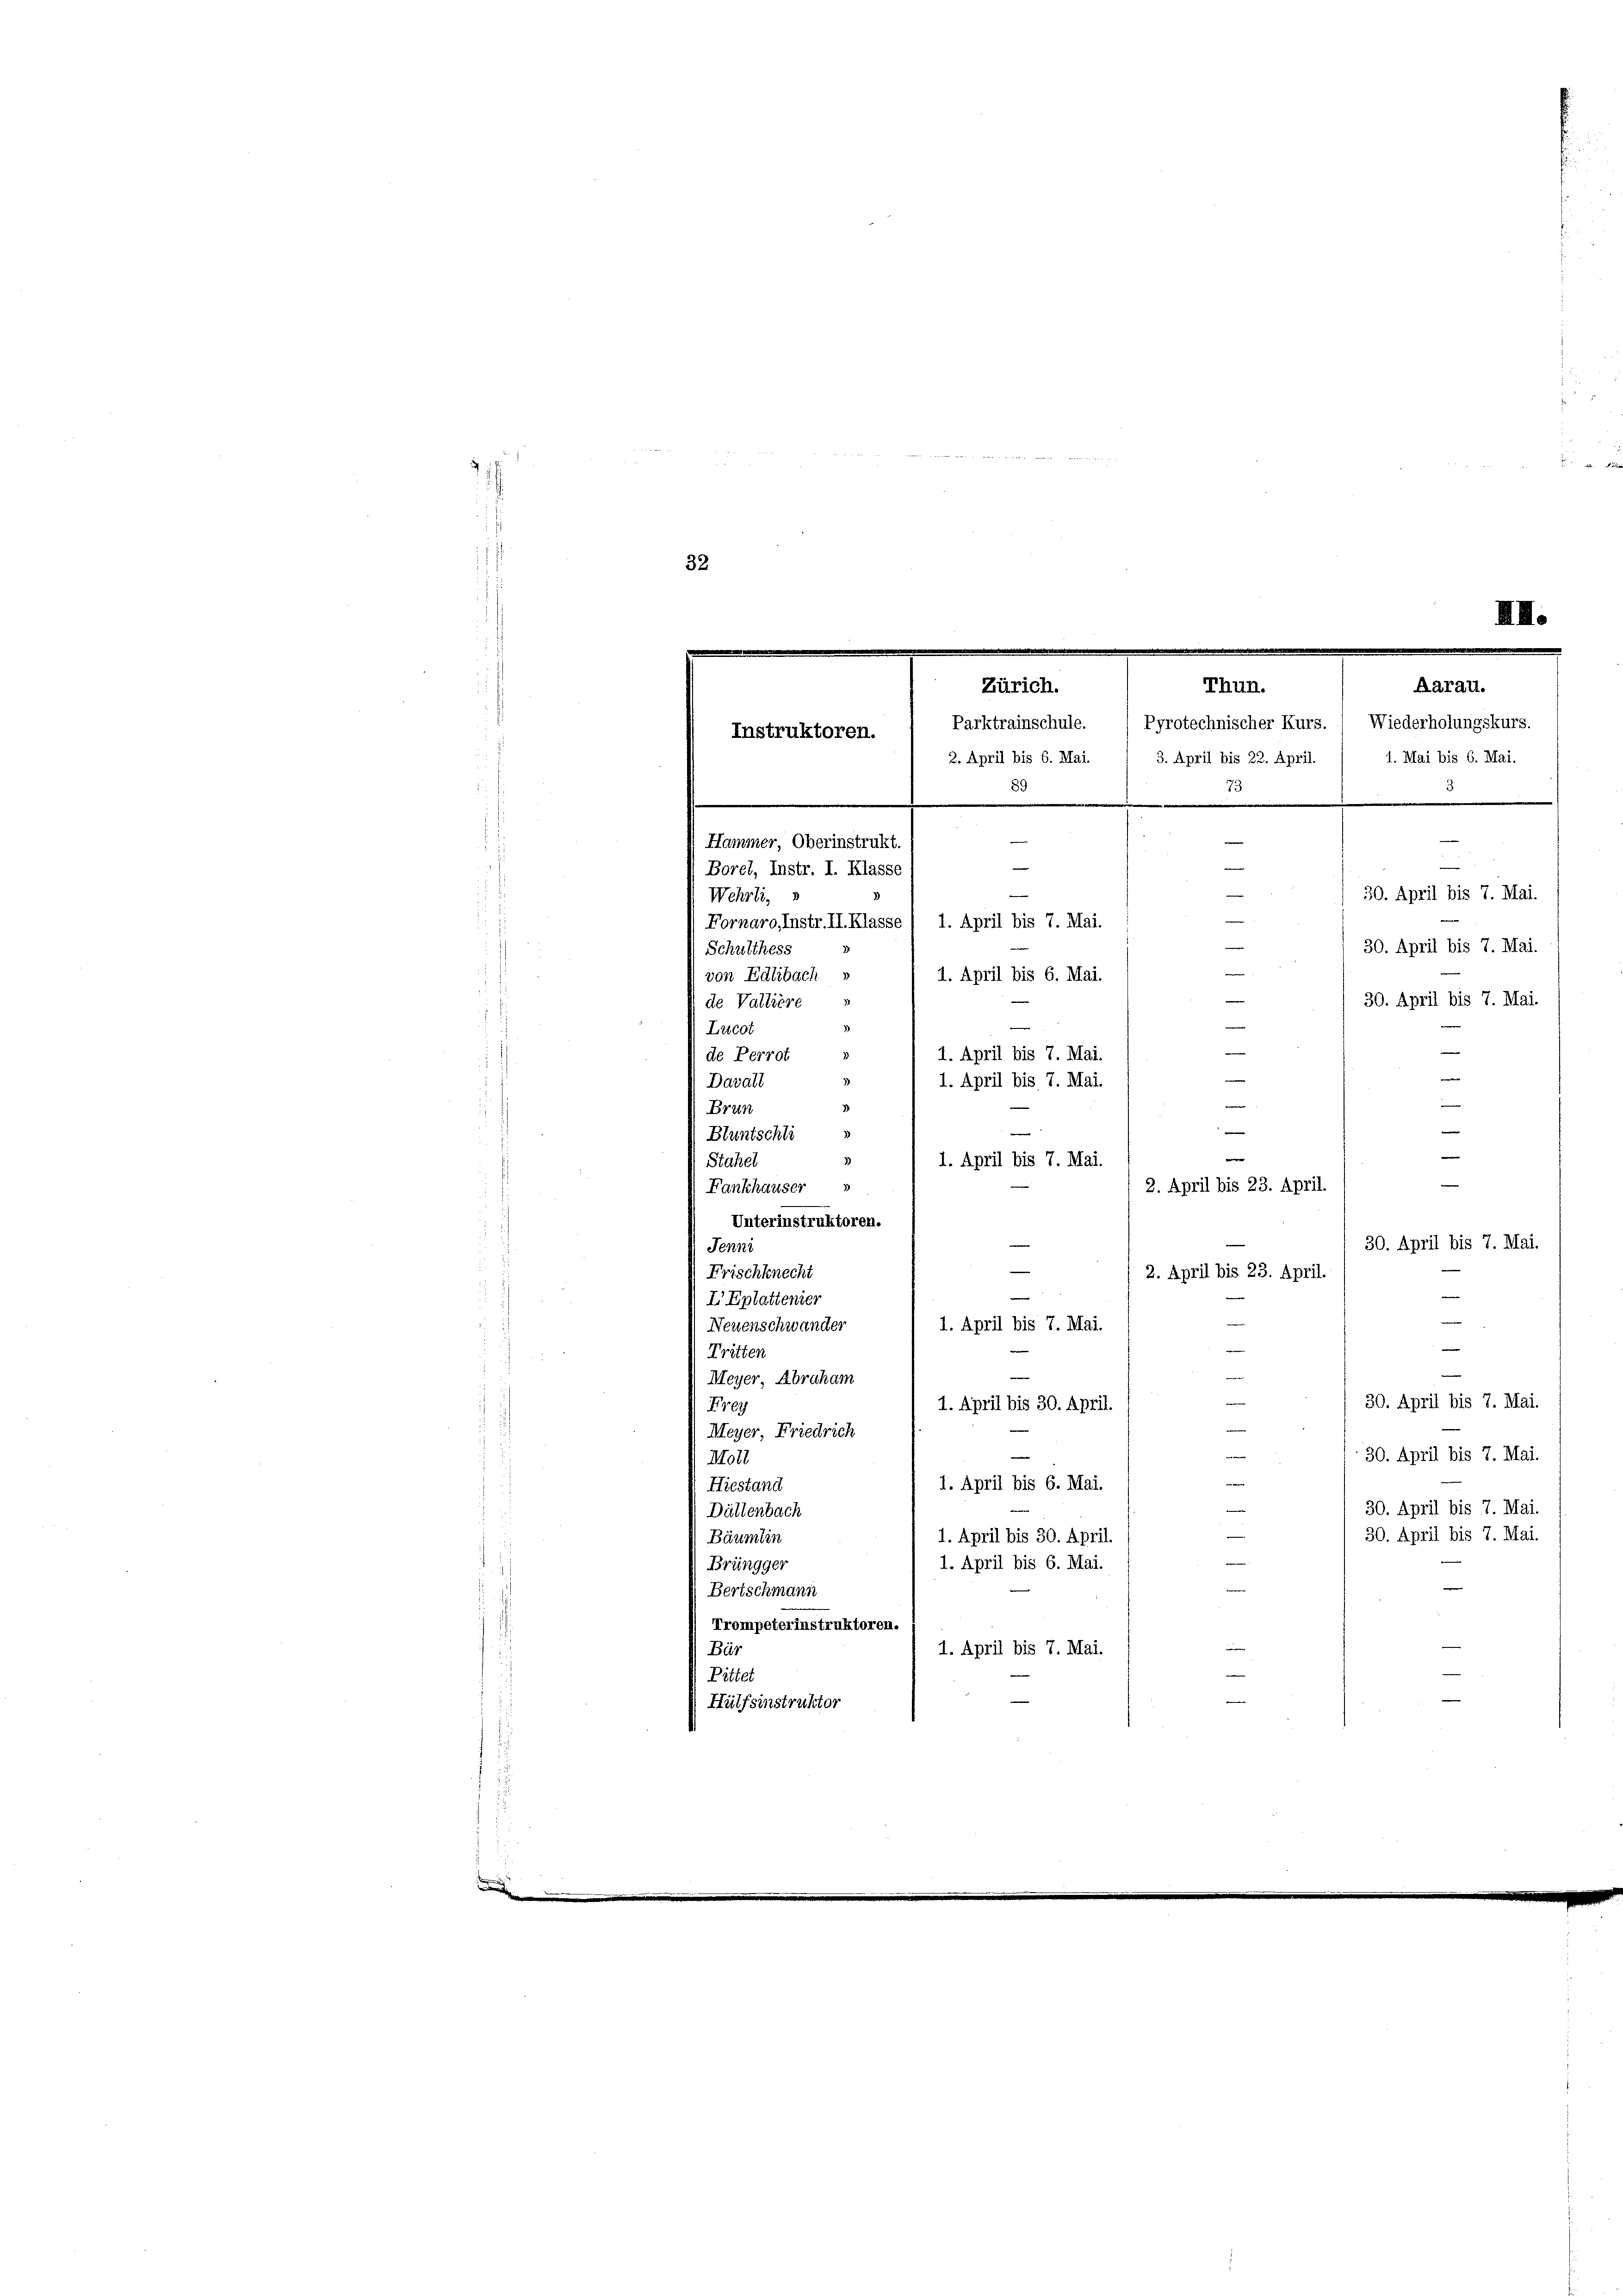
.
32
e
d
¬
Wehrli,
Fornaro, Instr. II. Klasse ( 1. April bis 7. Mai.
Schulthess
1. April bis 6. Mai.
von Edlibach »
de Valtiere
Litcot
1. April bis 7. Mai.
de Perrot
1. April bis 7. Mai.
Davall
1
.
Brun
.
e
e

Bluntschli
e
1. April bis 7. Mai.
Stahel
—
3
2. April bis 23. April.
Fankhauser
Unterinstruktoren.
30. April bis 7. Mai.
Jenni
Frischknecht
2. April bis 23. April.
d
n
I Eplattenier

1. April bis 7. Mai.
Neuenschwander
Tritten
¬
Meyer, Abraham
e
30. April bis 7. Mai.
1. April bis 30. April.
Frey
Meyer, Friedrich
30. April bis 7. Mai.
Moll
e
1. April bis 6. Mai.
Hiestand
e
30. April bis 7. Mai.
Dältenbach
5
30. April bis 7. Mai.
1. April bis 30. April.
Bäumlin
1. April bis 6. Mai.
.
Brüngger
e
Bertschmann
d
Trompeterinstruktoren.
Bür
1. April bis 7. Mai.
Pittet
Hülfsinstruktor

Thun.
Aarau.
Zürich.
Instruktoren. ( Parktrainschule. ( Pyrotechnischer Kurs. ( Wiederholungskurs.
e
e
1. Mai bis 6. Mai.
2. April bis 6. Mai. / 3. April bis 22. April.
e
73
e
Hammer, Oberinstrukt.
e
Borel, Instr. I. Klasse

n

30. April bis 7. Mai.
e
30. April bis 7. Mai.
e
—
30. April bis 7. Mai.
—
d
n

III.